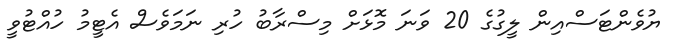
ޔުވެންޓަސްއިން ލީގުގެ 20 ވަނަ މޮޅަށް މިސްރާބު ހުރި ނަމަވެސް އެޓީމު ހުއްޓުވީ